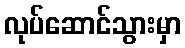
လုပ်ဆောင်သွားမှာ